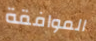
الموافقة